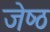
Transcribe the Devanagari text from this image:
जेष्‍ठ